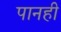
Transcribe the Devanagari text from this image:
पानही